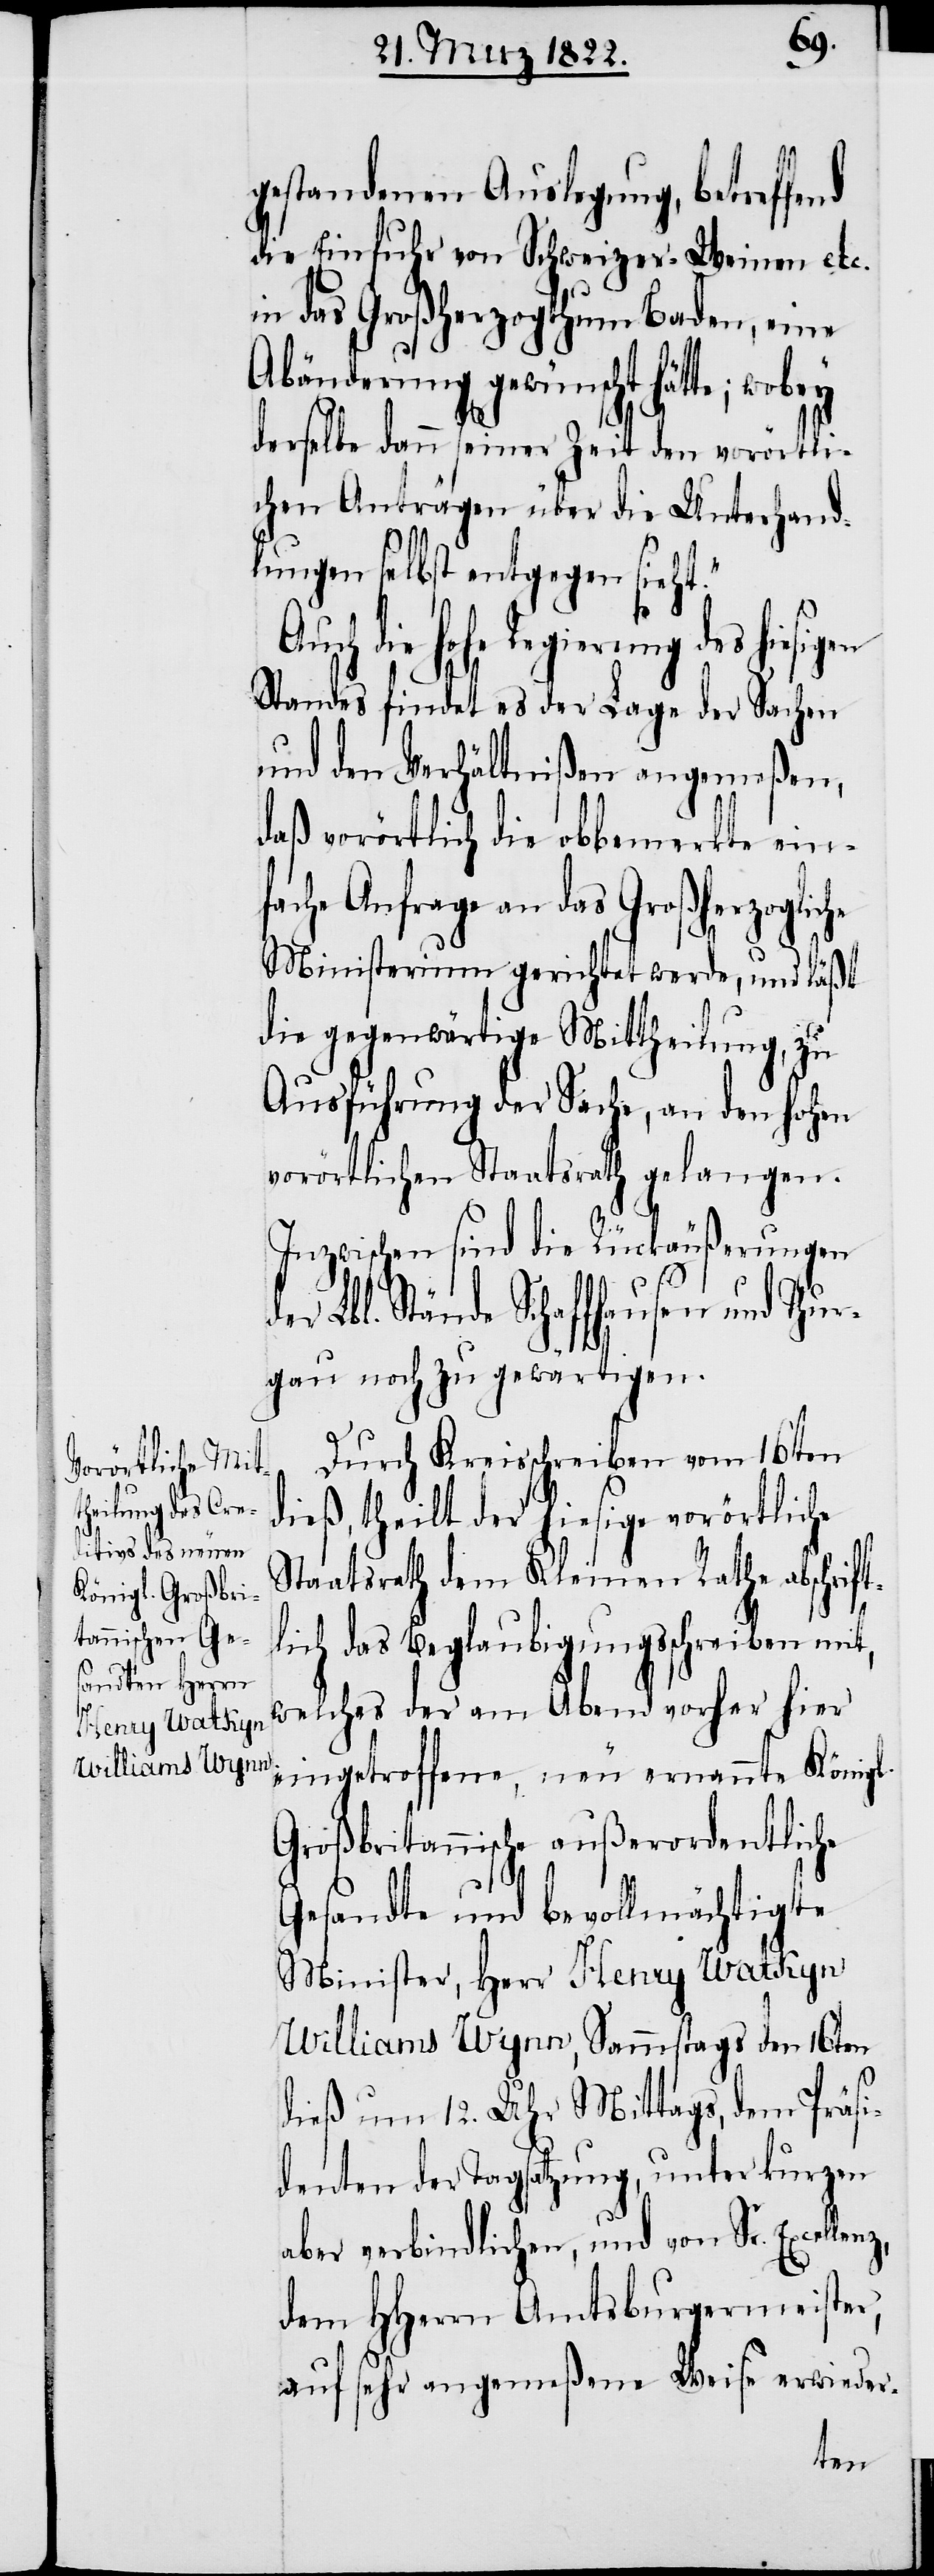
gestandenen Auslegung, betreffend
die Einfuhr von Schweizer-Weinen etc.
in das Großherzogthum Baden, eine
Abänderung gewünscht hätte;
derselbe dann seiner Zeit den vorörtli¬
chen Anträgen über die Unterhand¬
lung selbst entgegen sieht.“
Auch die hohe Regierung des hiesig¬
Standes findet es der Lage der Sachen
und den Verhältnißen angemeßen,
daß vorörtlich die obbemerkte einfa¬
che Anfrage an das Großherzogli¬
Ministerium gerichtet werde, und läßt
die gegenwärtige Mittheilung, zu
Ausführung der Sache, an den hohen
vorörtlichen Staatsrath gelangen.
Inzwischen sind die Rückäußerungen
der Lbl. Stände Schaffhausen und Thur¬
gau noch zu gewärtigen.
Durch Kreisschreiben vom 16ten
dieß, theilt der hiesige vorörtliche
Staatsrath dem Kleinen Rath abschrift¬
lich das Beglaubigungsschreiben mit,
welches der am Abend vorher hier
eingetroffene, neu ernannte Königl.
Großbritannische außerordentliche
Gesandte und bevollmächtigte
Minister, Herr Henry Watkyn
Williams Wynn, Samstags den 16ten
che
dieß um 12. Uhr Mittags, dem Präsi¬
denten der Tagsatzung, unter kurzen
aber verbindlichen, und von Sr. Excel¬
dem HHerrn Amtsburgermeister,
auf sehr angemeßene Weise erwieder-
lenz,